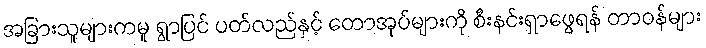
အခြားသူများကမူ ရွာပြင် ပတ်လည်နှင့် တောအုပ်များကို စီးနင်းရှာဖွေရန် တာဝန်များ